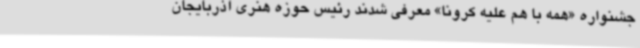
جشنواره «همه با هم علیه کرونا» معرفی شدند رئیس حوزه هنری آذربایجان